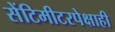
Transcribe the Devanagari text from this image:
सेंटिमीटरपेक्षाही